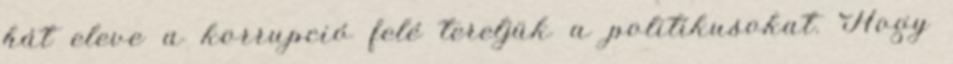
hát eleve a korrupció felé tereljük a politikusokat. Hogy